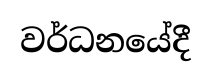
වර්ධනයේදී